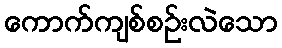
ကောက်ကျစ်စဉ်းလဲသော